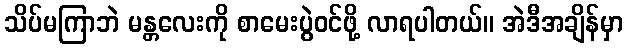
သိပ်မကြာဘဲ မန္တလေးကို စာမေးပွဲဝင်ဖို့ လာရပါတယ်။ အဲဒီအချိန်မှာ